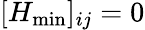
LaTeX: [H_{\operatorname*{min}}]_{ij}=0